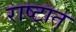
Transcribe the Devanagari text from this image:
राष्टात